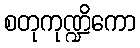
စတုကုဏ္ဍိကော